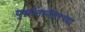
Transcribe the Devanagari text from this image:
युद्धांतानंतरच्या